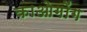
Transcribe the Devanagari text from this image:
काओगोंग